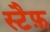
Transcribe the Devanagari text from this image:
स्टैफ़